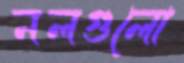
নলগুলো